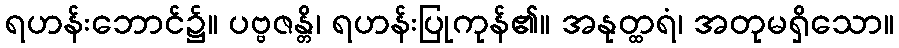
ရဟန်းဘောင်၌။ ပဗ္ဗဇန္တိ၊ ရဟန်းပြုကုန်၏။ အနုတ္ထရံ၊ အတုမရှိသော။